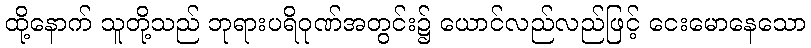
ထို့နောက် သူတို့သည် ဘုရားပရိဝုဏ်အတွင်း၌ ယောင်လည်လည်ဖြင့် ငေးမောနေသော